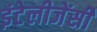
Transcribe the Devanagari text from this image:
इंटेलीजेंसी